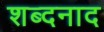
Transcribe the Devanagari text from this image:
शब्दनाद